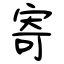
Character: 寄